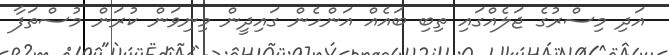
އަދި މިސްރުގެ ޖަލެއްގައި ތިބި ބައެއް އަންހެން ގައިދީން މިނިވަން ކުރަން މުސްތަފާ